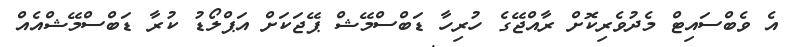
އެ ވެބްސައިޓް މެދުވެރިކޮށް ރާއްޖޭގެ ހުރިހާ ޑަބްސްމޭޝް ޕޭޖަކަށް އަޕްލޯޑު ކުރާ ޑަބްސްމޭޝްއެއް